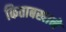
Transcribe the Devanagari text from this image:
किताबखाने